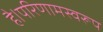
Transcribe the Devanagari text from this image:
है।परिणामस्वरूप